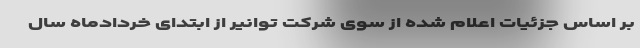
بر اساس جزئیات اعلام شده از سوی شرکت توانیر از ابتدای خردادماه سال